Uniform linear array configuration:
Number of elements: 4
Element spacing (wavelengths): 0.25
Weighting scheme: binomial
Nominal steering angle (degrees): -60
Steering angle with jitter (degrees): -58.106
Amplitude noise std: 0.05
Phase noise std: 0.05

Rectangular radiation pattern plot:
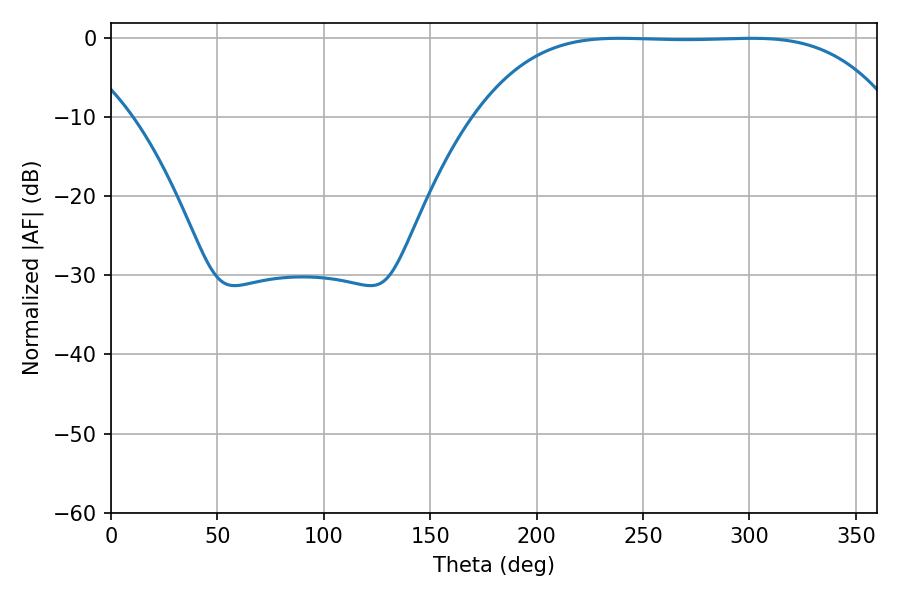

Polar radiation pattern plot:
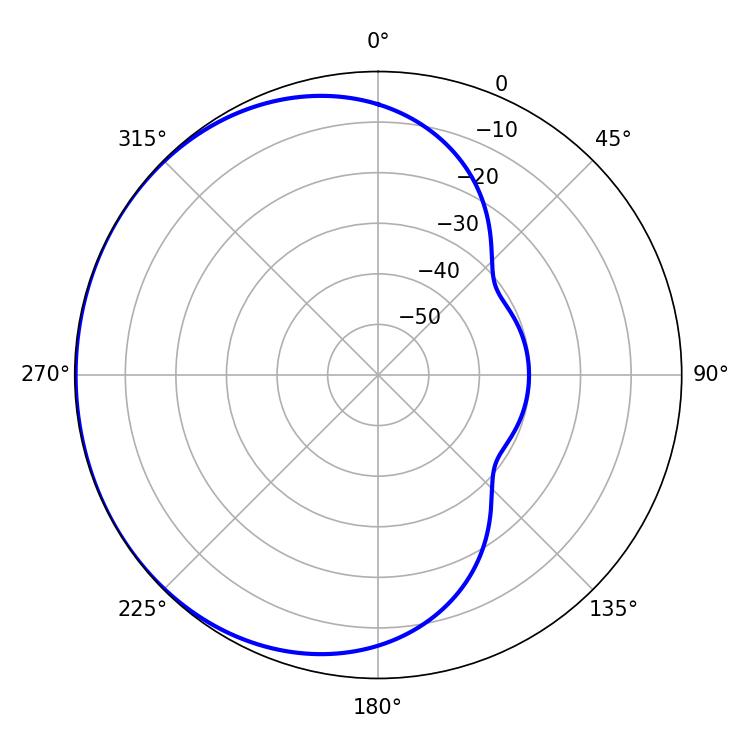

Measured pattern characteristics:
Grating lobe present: FALSE
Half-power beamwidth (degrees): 149.76
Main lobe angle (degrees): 238.86